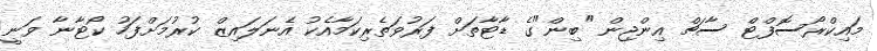
މައިކްރޯސޮފްޓް ސާޗް އިންޖިން "ބިން"ގެ ޑާޓާތަށް ފަރުވަތެރިކަމާއެކު އެނަލައިޒް ކުރުމަށްފަހު ކޯޓާނާ ވަނީ